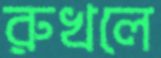
রুখলে